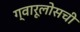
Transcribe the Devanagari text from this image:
ग्वारूलोसची